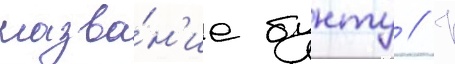
назва́н'ие бунту // К